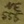
Text: 555